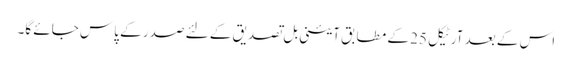
اس کے بعد آرٹیکل 25 کے مطابق آئینی بل تصدیق کے لئے صدر کے پاس جائے گا۔